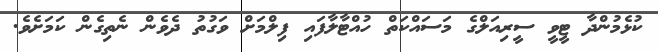
ކުޅެމުންދާ ޓީވީ ސީރިއަލްގެ މަސައްކަތް ހުއްޓާލާފައި ފިލްމަށް ވަގުތު ދެވެން ނެތިގެން ކަމަށެވެ.